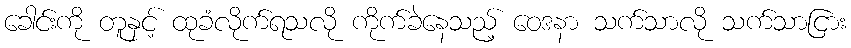
ခေါင်းကို တူနှင့် ထုခံလိုက်ရသလို ကိုက်ခဲနေသည့် ဝေဒနာ သက်သာလို သက်သာငြား